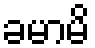
ခမာမိ